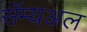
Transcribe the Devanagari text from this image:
सॅम्यअल